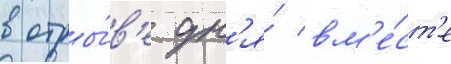
в отры́в'е дн'я́ вм'е́ст'е